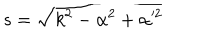
LaTeX: s = \sqrt { k ^ { 2 } - \alpha ^ { 2 } + \alpha ^ { \prime 2 } }